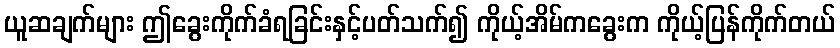
ယူဆချက်များ ဤခွေးကိုက်ခံရခြင်းနှင့်ပတ်သက်၍ ကိုယ့်အိမ်ကခွေးက ကိုယ့်ပြန်ကိုက်တယ်